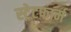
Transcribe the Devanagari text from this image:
स्ट्रेटफार्म